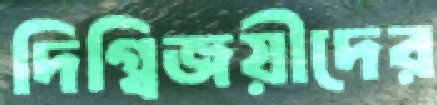
দিগ্বিজয়ীদের